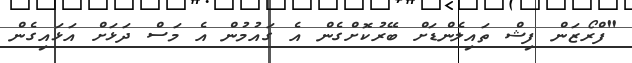
"ފްރޯޒަން ފިޝް ތައިލެންޑަށް ބޭރުކޮށްގެން އެ ގައުމުން އެ މަސް ދަޅަށް އަޅައިގެން